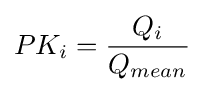
PK_{i}={Q_{i} \over {Q_{mean}}}